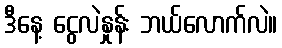
ဒီနေ့ ငွေလဲနှုန်း ဘယ်လောက်လဲ။